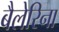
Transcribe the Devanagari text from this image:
बैलेरिना